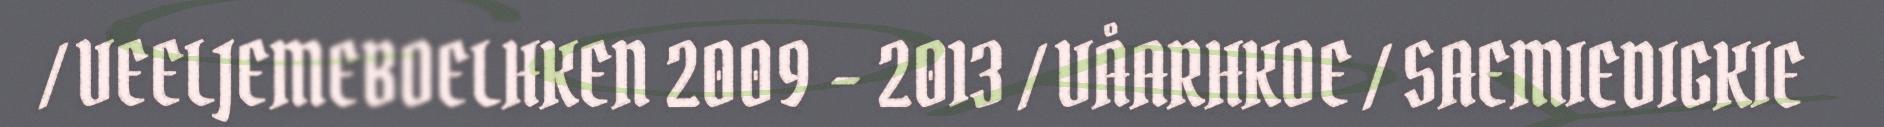
/ VEELJEMEBOELHKEN 2009 - 2013 / VÅARHKOE / SAEMIEDIGKIE